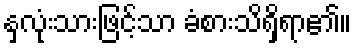
နှလုံးသားဖြင့်သာ ခံစားသိရှိရာ၏။